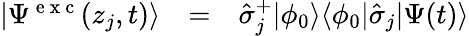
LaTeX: \begin{array}{ccl}{|\Psi^{\mathrm{~e~x~c~}}(z_{j},t)\rangle}&{=}&{\hat{\sigma}_{j}^{+}|\phi_{0}\rangle\langle\phi_{0}|\hat{\sigma}_{j}|\Psi(t)\rangle}\end{array}